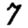
Digit: 7